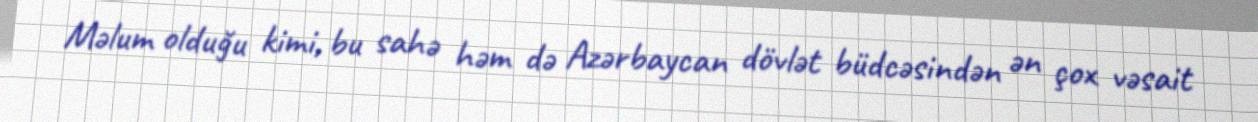
Məlum olduğu kimi, bu sahə həm də Azərbaycan dövlət büdcəsindən ən çox vəsait